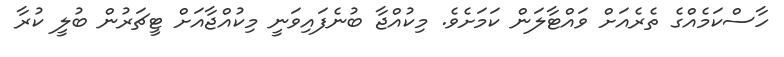
ހާސްކަމެއްގެ ތެރެއަށް ވައްޓާލަން ކަމަށެވެ. މިކުއްޖާ ބުނެފައިވަނީ މިކުއްޖާއަށް ޓީޗަރުން ބުލީ ކުރާ